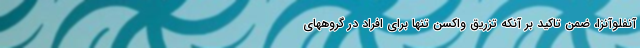
آنفلوآنزا، ضمن تاکید بر آنکه تزریق واکسن تنها برای افراد در گروههای